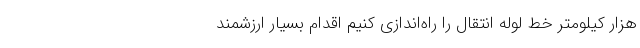
هزار کیلومتر خط لوله انتقال را راه‌اندازی کنیم اقدام بسیار ارزشمند